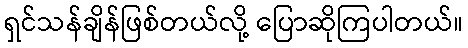
ရှင်သန်ချိန်ဖြစ်တယ်လို့ ပြောဆိုကြပါတယ်။